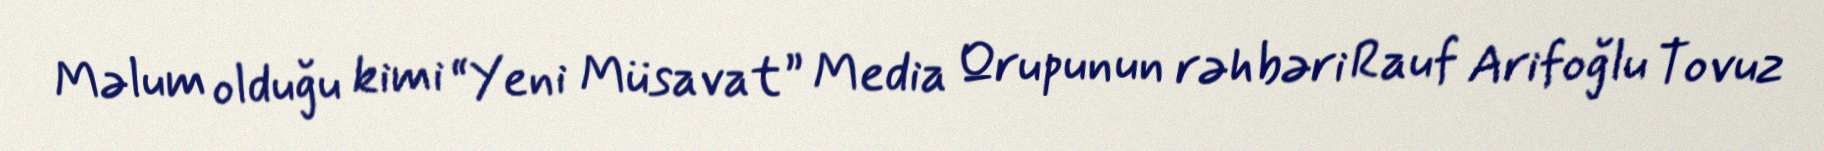
Məlum olduğu kimi “Yeni Müsavat” Media Qrupunun rəhbəri Rauf Arifoğlu Tovuz